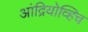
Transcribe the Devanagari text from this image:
आंद्रियोव्हिच